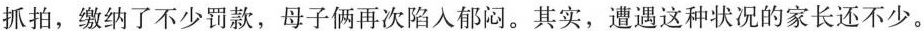
抓拍，缴纳了不少罚款，母子俩再次陷入郁闷。其实，遭遇这种状况的家长还不少。